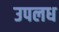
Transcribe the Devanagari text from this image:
उपलध